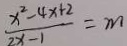
\frac { x ^ { 2 } - 4 x + 2 } { 2 x - 1 } = m